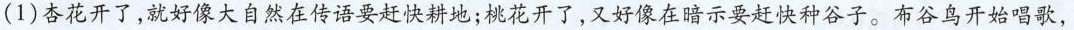
(1)杏花开了，就好像大自然在传语要赶快耕地；桃花开了，又好像在暗示要赶快种谷子。布谷鸟开始唱歌，